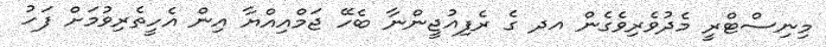
މިނިސްޓްރީ މެދުވެރިވެގެން އދ ގެ ރެފިއުޖީންނާ ބެހޭ ޖަމްއިއްޔާ އިން އެހީތެރިވުމަށް ފަހު